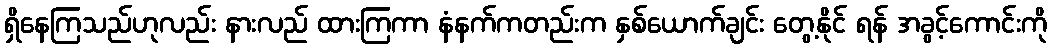
ရှိနေကြသည်ဟုလည်း နားလည် ထားကြကာ နံနက်ကတည်းက နှစ်ယောက်ချင်း တွေ့နိုင် ရန် အခွင့်ကောင်းကို